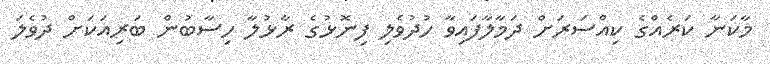
މާކަނާ ކަރެއްގެ ކިއްސަރަށް ދަމާލާފައިވާ ހުދުވެލި ފިނޮޅުގެ ރާޅުލާ ހިސާބުން ބަރިއަކަށް ދުވެލަ